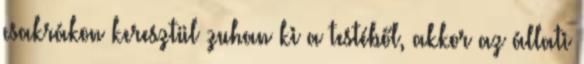
csakrákon keresztül zuhan ki a testéből, akkor az állati